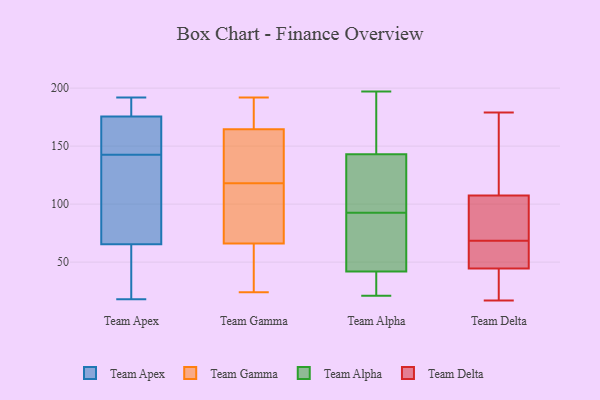
{"axis": {"x": "Conversion Rate (%)", "y": "Value"}, "legend": ["Team Alpha", "Team Apex", "Team Delta", "Team Gamma"], "data": [{"x": "", "y": 126, "type": "Team Apex"}, {"x": "", "y": 192, "type": "Team Apex"}, {"x": "", "y": 165, "type": "Team Apex"}, {"x": "", "y": 149, "type": "Team Apex"}, {"x": "", "y": 18, "type": "Team Apex"}, {"x": "", "y": 190, "type": "Team Apex"}, {"x": "", "y": 186, "type": "Team Apex"}, {"x": "", "y": 136, "type": "Team Apex"}, {"x": "", "y": 55, "type": "Team Apex"}, {"x": "", "y": 76, "type": "Team Apex"}, {"x": "", "y": 55, "type": "Team Apex"}, {"x": "", "y": 159, "type": "Team Apex"}, {"x": "", "y": 28, "type": "Team Gamma"}, {"x": "", "y": 175, "type": "Team Gamma"}, {"x": "", "y": 187, "type": "Team Gamma"}, {"x": "", "y": 192, "type": "Team Gamma"}, {"x": "", "y": 85, "type": "Team Gamma"}, {"x": "", "y": 42, "type": "Team Gamma"}, {"x": "", "y": 118, "type": "Team Gamma"}, {"x": "", "y": 160, "type": "Team Gamma"}, {"x": "", "y": 161, "type": "Team Gamma"}, {"x": "", "y": 134, "type": "Team Gamma"}, {"x": "", "y": 24, "type": "Team Gamma"}, {"x": "", "y": 84, "type": "Team Gamma"}, {"x": "", "y": 74, "type": "Team Gamma"}, {"x": "", "y": 42, "type": "Team Alpha"}, {"x": "", "y": 73, "type": "Team Alpha"}, {"x": "", "y": 89, "type": "Team Alpha"}, {"x": "", "y": 103, "type": "Team Alpha"}, {"x": "", "y": 156, "type": "Team Alpha"}, {"x": "", "y": 197, "type": "Team Alpha"}, {"x": "", "y": 130, "type": "Team Alpha"}, {"x": "", "y": 42, "type": "Team Alpha"}, {"x": "", "y": 183, "type": "Team Alpha"}, {"x": "", "y": 29, "type": "Team Alpha"}, {"x": "", "y": 96, "type": "Team Alpha"}, {"x": "", "y": 21, "type": "Team Alpha"}, {"x": "", "y": 48, "type": "Team Delta"}, {"x": "", "y": 133, "type": "Team Delta"}, {"x": "", "y": 167, "type": "Team Delta"}, {"x": "", "y": 78, "type": "Team Delta"}, {"x": "", "y": 179, "type": "Team Delta"}, {"x": "", "y": 61, "type": "Team Delta"}, {"x": "", "y": 17, "type": "Team Delta"}, {"x": "", "y": 76, "type": "Team Delta"}, {"x": "", "y": 49, "type": "Team Delta"}, {"x": "", "y": 25, "type": "Team Delta"}, {"x": "", "y": 82, "type": "Team Delta"}, {"x": "", "y": 41, "type": "Team Delta"}]}